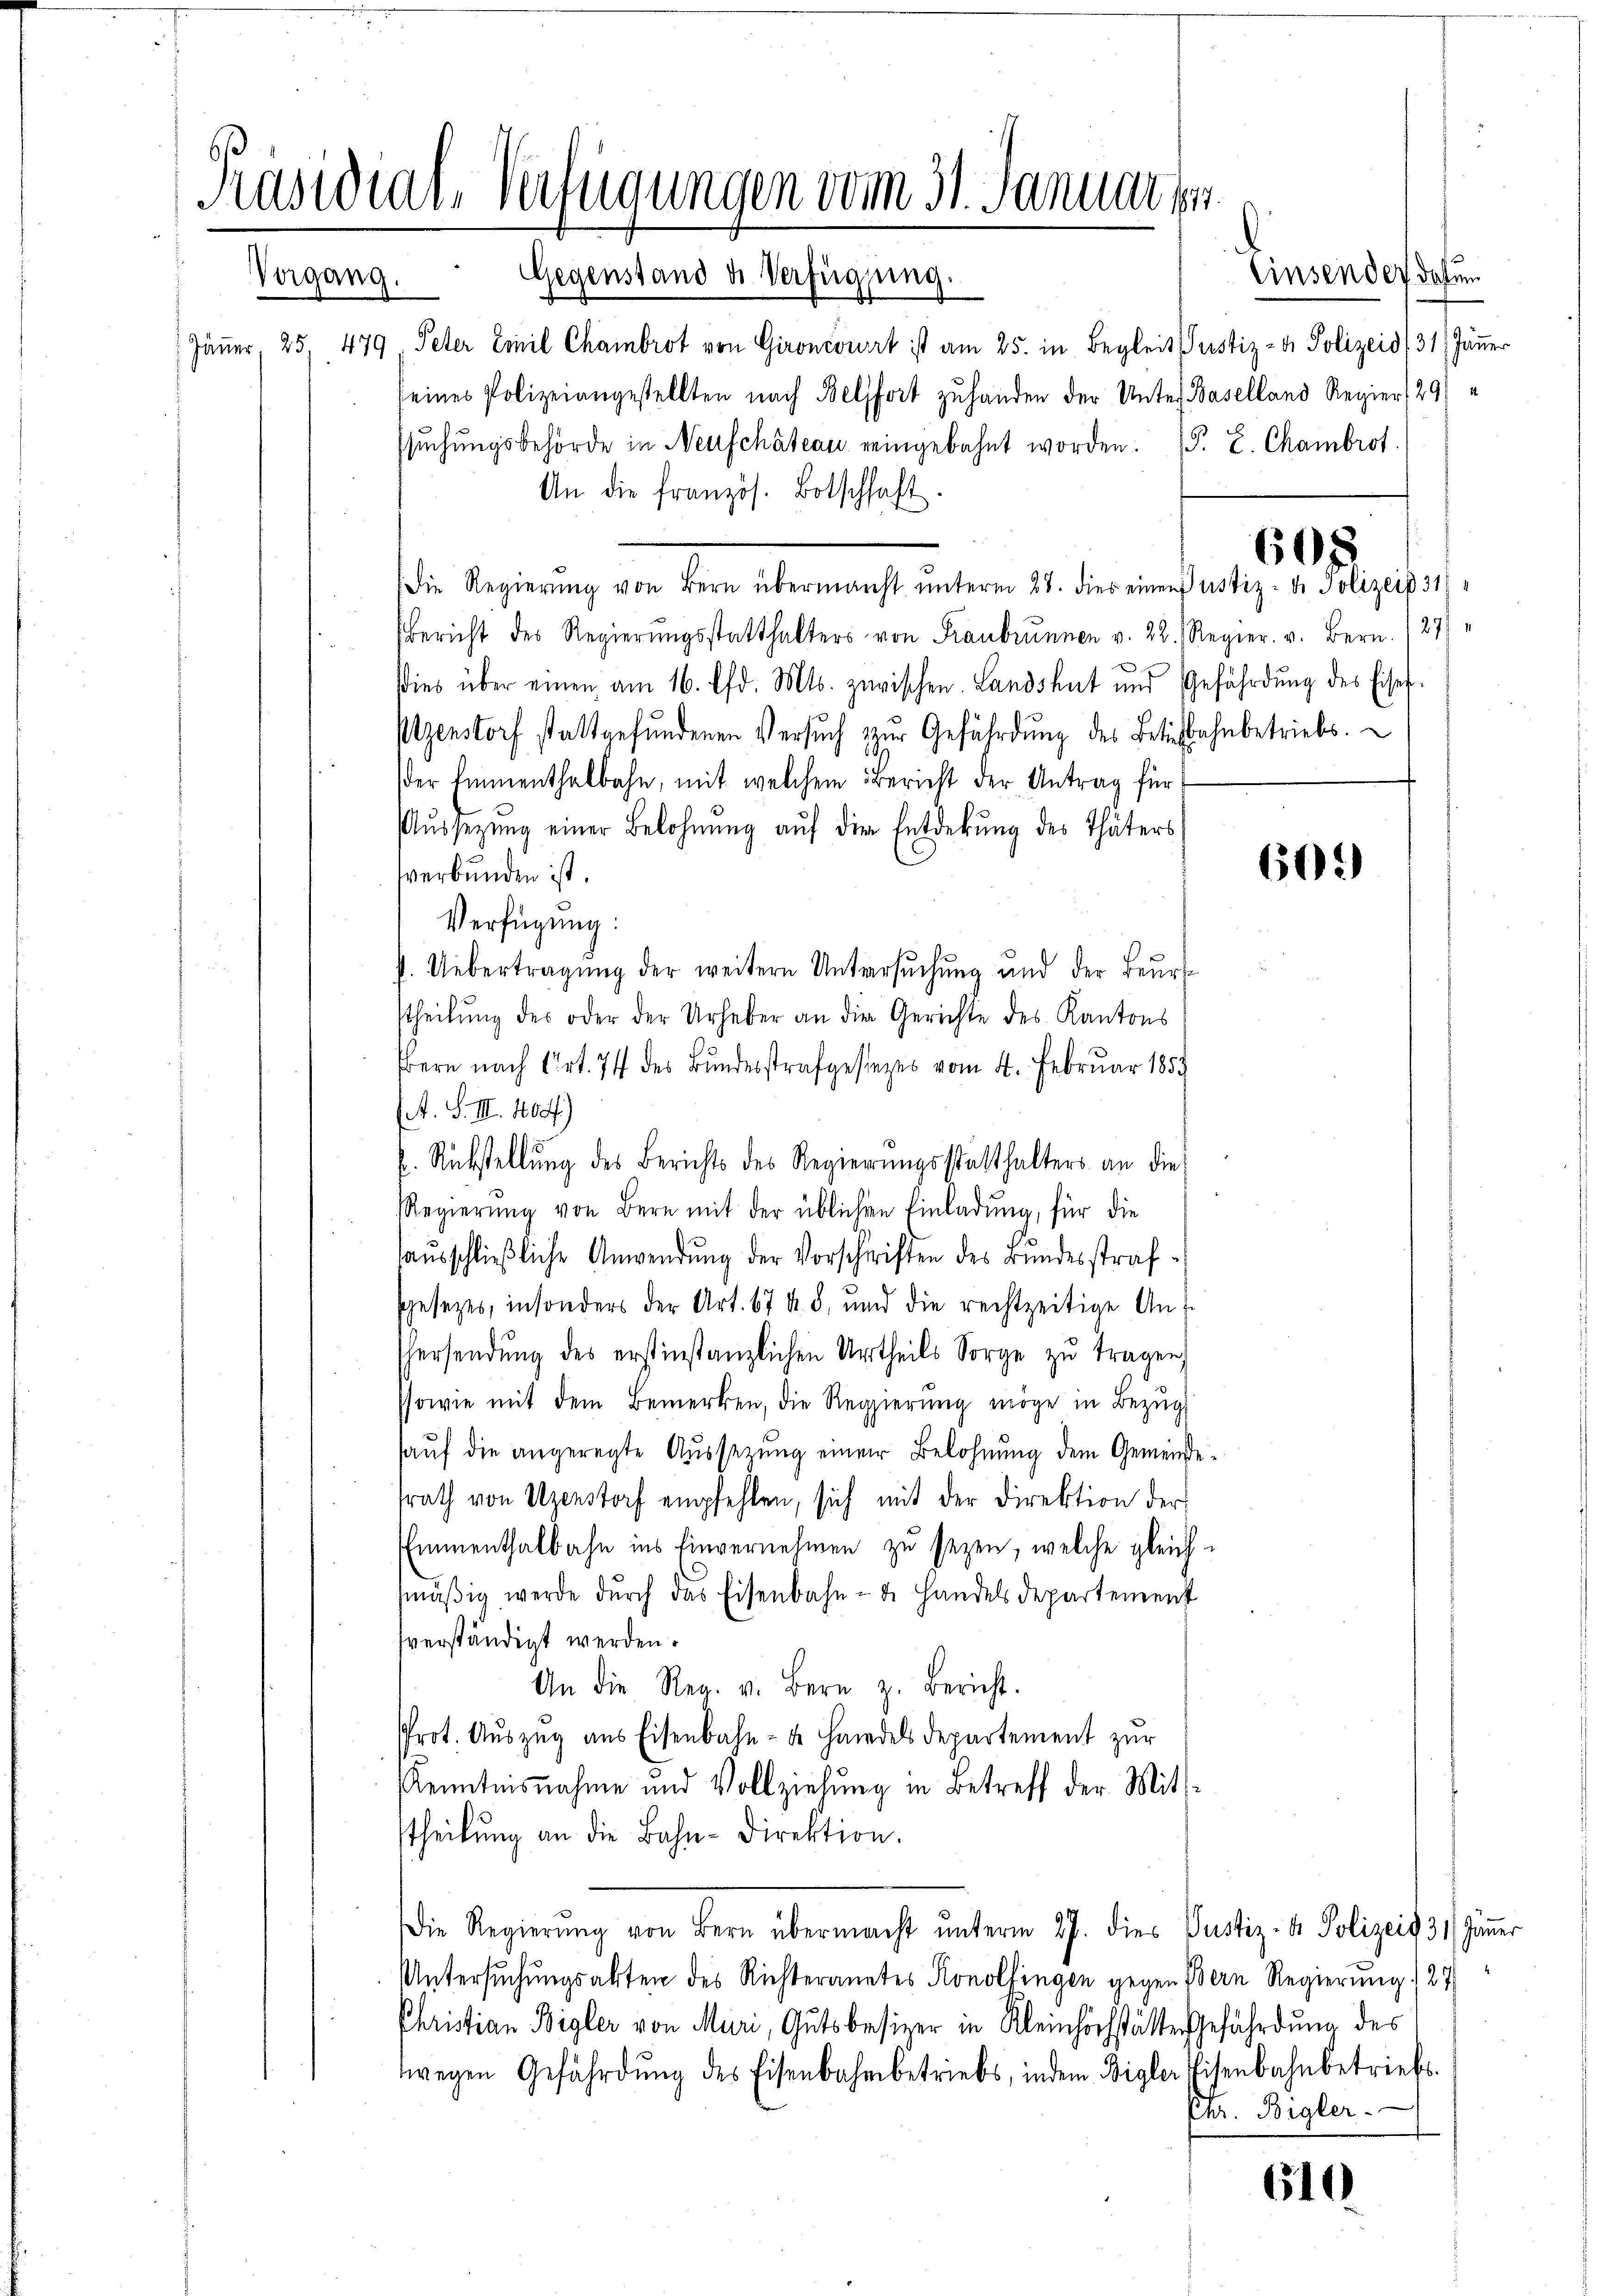
Präsidial-Verfügungen vom 31. Januar 1
Vorgang. Gegenstand u. Verfügung.

Jauer, 25. 479 Peter Conil Chambrot von Gironcourt ist am 25. in Begleit Justiz- & Polizeis/ 31 Jänner
seines Polizeiangestellten nach Belfort zu handen der Unter Baselland Regier 291
ssŭchŭngsbehörde in Neuschateau eingebahnt worden. F. L. Chambrot.
An die französ. Botschhaft.
Die Regierŭng von Bern übermacht ŭnterm 28. dies einen Justiz- u. Polizeip 31)
bericht des Regierŭngsstatthalters von Franbrunnen v. 22. Regier. v. Bern. 187
Dies über einen am 16. d. Mts. zerischen Landshut und Gefährdŭng des Eise
tzenstorf stattgefundenen Versuch zur Gefährdung des Betebahnbetriebs.
der Einnenthalbahn, mit welchem Bericht der Antrag für
Aŭssetzŭng einer Belohnŭng aŭf der Entdekŭng des Thäters
verbunden ist.
Verfügung:
1. Uebertragung der weitern Untersuchung und der Beurt
stheilung des oder der Urheber an die Gerichte des Kantons
bern nach Art. 74 des Bundesstrafgesezes vom 4. Februar 1859
A. S. III. 1804.)
k. Rückstellung des Berichts des Regierungsstatthalters an die
Regierŭng von Bern mit der üblichen Einladŭng, für die
aŭsschließliche Anwendung der Vorschriften des Bundesstrafsgesezes, insonders der Art. 67 d. 8, und die rechtzeitige An-
hersendŭng des erstinstanzlichen Urtheils Sorge zŭ tragen,
ssowie mit dem Bemerken, die Regierung möge in Bezug
aŭf die angeregte Aŭssetzŭng einem Belohnung dem Gemeindesrath von Uzenstorf empfehlen, sich mit der Direktion der
Emmenthalbahn ins Einvernehmen zu seyen, welche gleich
smäßig werde durch das Eisenbahn- & Handelsdepartement
sverständigt werden.
An die Reg. v. Bern z. Bericht.
Prot. Auszug aus Eisenbahn- u. Handels Departement zur
Kenntnisnahme und Vollziehŭng in Betreff der Mit-
stheilung an die Bahn-Direktion.
Die Regierung von Bern übermacht unterm 27. dies Justiz- & Polizeit 3. Zimmer
Untersuchungsakten des Richteramtes Konolfingen gegen Bern Regierung / 27
Christian Bigler von Muri, Gutsbesizer in Kleinhochstätte Gefährdung des
wegen Gefährdŭng des Eisenbahnbetriebs, indem Bigler Eisenbahnbetriebs

Einsendes datum

608

605)

Ehr. Bigler-

610